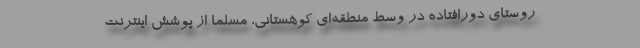
روستای دورافتاده در وسط منطقه‌ای کوهستانی، مسلما از پوشش اینترنت